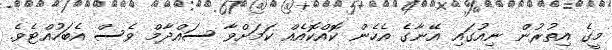
މީގެ އިތުރުން ނިއުގައި އޭނާގެ އެހެން ކޮއްކޮއެއް ކަމަށްވާ ސައްދާމް ވެސް އެބަހުއްޓެވެ.